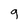
Character: 9